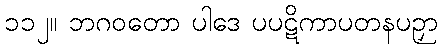
၁၁၂။ ဘဂဝတော ပါဒေ ပပဋိကာပတနပဉှာ